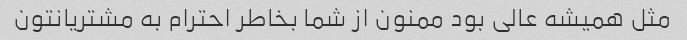
مثل همیشه عالی بود ممنون از شما بخاطر احترام به مشتریانتون